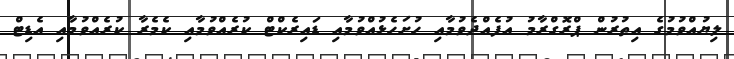
ލިޔުއްވުމުގެ އިތުރުން ޕްރޮގްރާމު އުފެއްދެވުމާއި ހުށަހެޅުއްވުމާއި ޑައިރެކްޓް ކުރެއްވުމާއި ކެމެރާ ކުރެއްވުމާއި އެޑިޓް